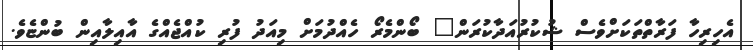
އެހިރިހާ ފަރާތްތަކަށްވެސް ޝުކުރުއަދާކުރަން" ބޯންމެރޯ ހެއްދުމަށް މިއަދު ފުރި ކުއްޖެއްގެ އާއިލާއިން ބުންޏެވެ.